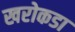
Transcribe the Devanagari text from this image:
खरोकडा